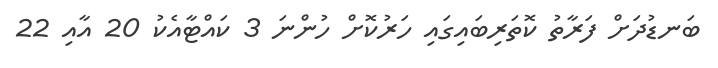
ބަނޑުދަށް ފަރާތު ކޮތަރިބައިގައި ހަރުކޮށް ހުންނަ 3 ކައްޓާއެކު 20 އާއި 22